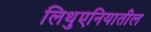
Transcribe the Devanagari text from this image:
लिथुएनियातील